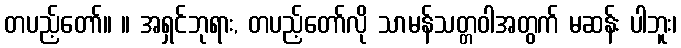
တပည့်တော်။ ။ အရှင်ဘုရား, တပည့်တော်လို သာမန်သတ္တဝါအတွက် မဆန်း ပါဘူး၊